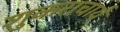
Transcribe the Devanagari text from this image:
शुकराचार्य